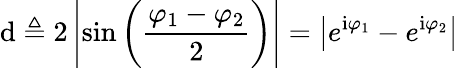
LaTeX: \mathrm{d}\triangleq2\left|\sin\left(\frac{{\varphi_{1}-\varphi_{2}}}{{2}}\right)\right|=\big|e^{\mathrm{{i}}\varphi_{1}}-e^{\mathrm{{i}}\varphi_{2}}\big|